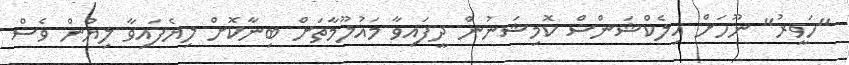
"ހަވީރު" ނޫހަށް އިލެކްޝަންސް ކޮމިޝަނުން ދީފައިވާ މައުލޫމާތަށް ބިނާކޮށް ލިޔެފައިވާ ލިޔުން ވެސް